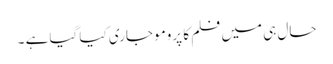
حال ہی میں فلم کا پرومو جاری کیا گیا ہے ۔